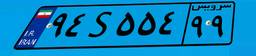
۹۴S۵۵۴۹۹